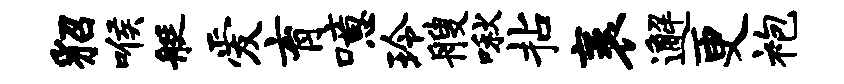
貂喉艇爱育噫玲艘啾拈袤邂更袍